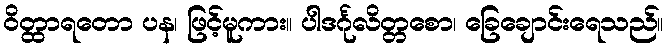
ဝိတ္ထာရတော ပန၊ ဖြင့်မူကား။ ပါဒင်္ဂုလိတ္တစော၊ ခြေချောင်းရေသည်။